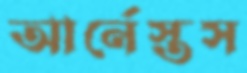
আর্নেস্তস